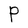
Character: P